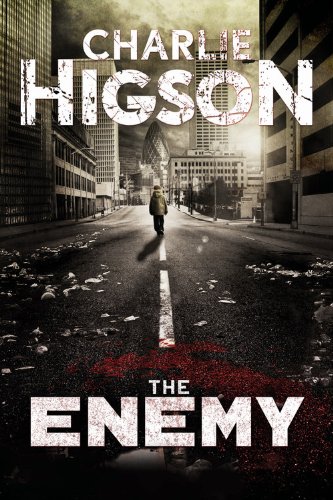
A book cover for The Enemy (new cover) (An Enemy Novel); Charlie Higson; Teen & Young Adult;